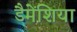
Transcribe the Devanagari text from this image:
डैमेंशिया